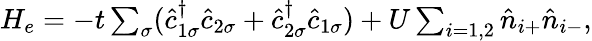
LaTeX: \begin{array}{r}{H_{e}=-t\sum_{\sigma}(\hat{c}_{1\sigma}^{\dagger}\hat{c}_{2\sigma}+\hat{c}_{2\sigma}^{\dagger}\hat{c}_{1\sigma})+U\sum_{i=1,2}\hat{n}_{i+}\hat{n}_{i-},}\end{array}